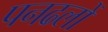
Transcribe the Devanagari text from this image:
पनढलों